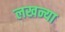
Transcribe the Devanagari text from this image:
लखन्या